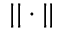
| | \cdot | |